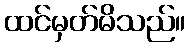
ထင်မှတ်မိသည်။